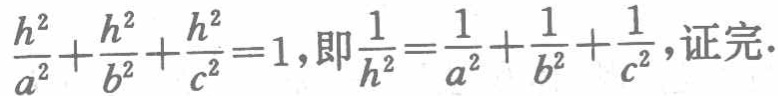
$\frac{h^{2}}{a^{2}}+\frac{h^{2}}{b^{2}}+\frac{h^{2}}{c^{2}} = 1,即\frac{1}{h^{2}}=\frac{1}{a^{2}}+\frac{1}{b^{2}}+\frac{1}{c^{2}},证完.$